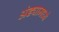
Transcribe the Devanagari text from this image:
अंड्यामध्ये